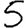
Digit: 5